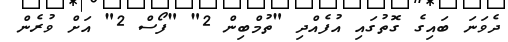
ދެވަނަ ބައިގެ ގޮތުގައި އުފެއްދި "ތުމްބިން 2" "ފޯސް 2" އަށް ވުރެން